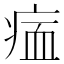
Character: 𤶰